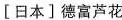
〔日本〕德富芦花